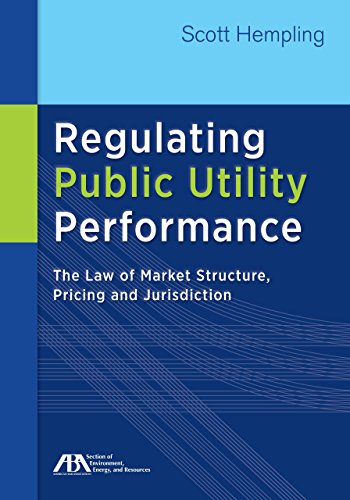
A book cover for Regulating Public Utility Performance: The Law of Market Structure, Pricing and Jurisdiction; Scott Hempling; Business & Money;